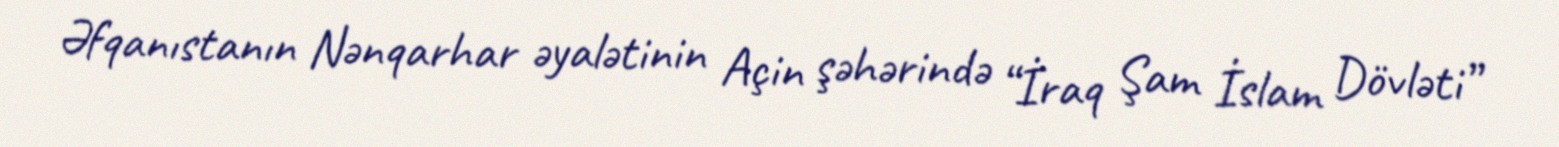
Əfqanıstanın Nənqarhar əyalətinin Açin şəhərində “İraq Şam İslam Dövləti”